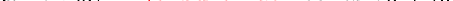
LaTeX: \smash{\mu\to\nu_{bE}=\ensuremath{\mathrm{\ textsl{v}}_{0}}^{2}/\gamma_{0}}